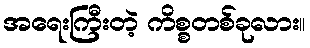
အရေးကြီးတဲ့ ကိစ္စတစ်ခုလား။